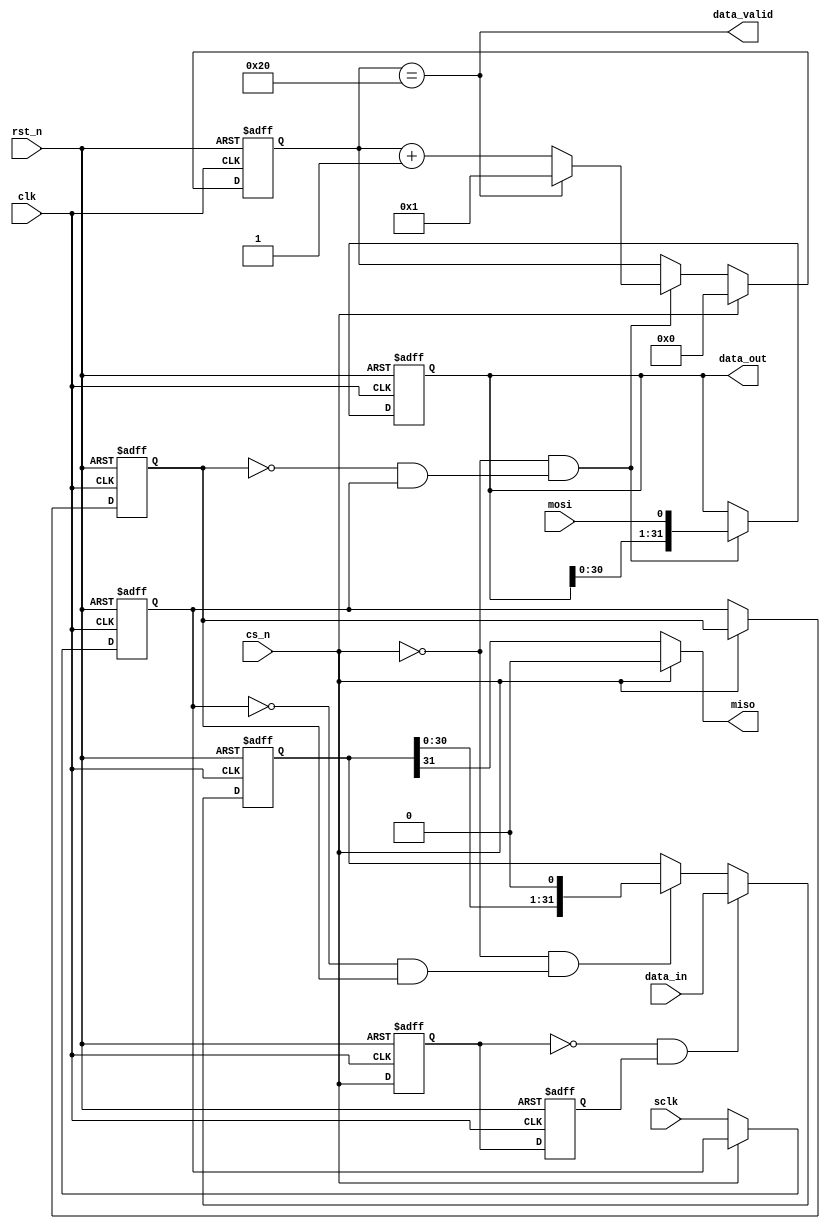
`timescale 1ns/1ps
module SPI_Slave
#(
	parameter	CLK_FREQUENCE	= 50_000_000		,	//system clk frequence
				SPI_FREQUENCE	= 5_000_000			,	//spi clk frequence
				DATA_WIDTH		= 32					,	//serial word length
				CPOL			= 0					,	//SPI mode selection (mode 0 default)
				CPHA			= 0					 	//CPOL = clock polarity, CPHA = clock phase
)
(
	input								clk			,	//system clk
	input								rst_n		,	//system reset
	input		[DATA_WIDTH-1:0]		data_in		,	//the data sent by miso
	input								sclk		,	//spi bus sclk
	input								cs_n		,	//spi bus slave select line
	input								mosi		,	//spi bus mosi input
	output								miso		,	//spi bus miso output
	output								data_valid	,	//the data received by mosi valid
	output	reg	[DATA_WIDTH-1:0]		data_out	 	//the data received by mosi,valid when data_valid is high
);

localparam	SFIFT_NUM = log2(DATA_WIDTH);

reg	[DATA_WIDTH-1:0]		data_reg	;	//the register to latch the data_in,also the shift register
reg	[ SFIFT_NUM-1:0]		sampl_num	;	//the counter to count the number of sample
reg							sclk_a		;	//sclk register to capture the edge of sclk
reg							sclk_b		;	//sclk register to capture the edge of sclk
wire						sclk_posedge;	//posedge of sclk
wire						sclk_negedge;	//negedge of sclk
reg							cs_n_a		;	//cs_n register to capture the edge of cs_n
reg							cs_n_b		;	//cs_n register to capture the edge of cs_n
wire						cs_n_negedge;	//negedge of cs_n to latch the data
wire						shift_en	;	//the signal to enable shift register to generate mosi
wire						sampl_en	;	//the signal to sample the data from miso
//------------------------------------------
//to capture the edge of sclk
always @(posedge clk or negedge rst_n) begin
	if (!rst_n) begin
		sclk_a <= CPOL;
		sclk_b <= CPOL;
	end else if (!cs_n) begin
		sclk_a <= sclk;
		sclk_b <= sclk_a;
	end
end

assign sclk_posedge = ~sclk_b & sclk_a;
assign sclk_negedge = ~sclk_a & sclk_b;
//------------------------------------------
//to capture the edge of sclk
always @(posedge clk or negedge rst_n) begin
	if (!rst_n) begin
		cs_n_a	<= 1'b1;
		cs_n_b	<= 1'b1;
	end else begin
		cs_n_a	<= cs_n		;
		cs_n_b	<= cs_n_a	;
	end
end

assign cs_n_negedge = ~cs_n_a & cs_n_b;
//------------------------------------------
//==============================================
//==============GENERATE BLOCKS=================
generate
	case (CPHA)
		0: assign sampl_en = sclk_posedge;
		1: assign sampl_en = sclk_negedge;
		default: assign sampl_en = sclk_posedge;
	endcase
endgenerate

generate
 	case (CPHA)
		0: assign shift_en = sclk_negedge;
 		1: assign shift_en = sclk_posedge;
		default: assign shift_en = sclk_posedge;
	endcase
endgenerate
//==================================================
//the register to latch the data_in
//also the shift register to generate the miso
always @(posedge clk or negedge rst_n) begin
	if (!rst_n) 
		data_reg <= 'd0;
	else if(cs_n_negedge)
		data_reg <= data_in;
	else if (!cs_n & shift_en) 
		data_reg <= {data_reg[DATA_WIDTH-2:0],1'b0};
	else
		data_reg <= data_reg;
end
//miso output MSB first
assign miso = !cs_n ? data_reg[DATA_WIDTH-1] : 1'd0;
//==================================================
//sample data from the mosi line
always @(posedge clk or negedge rst_n) begin
	if (!rst_n) 
		data_out <= 'd0;
	else if (!cs_n & sampl_en) 
		data_out <= {data_out[DATA_WIDTH-2:0],mosi};
	else
		data_out <= data_out;
end
//the counter to count the number of sampled data bit
always @(posedge clk or negedge rst_n) begin
	if (!rst_n) 
		sampl_num <= 'd0;
	else if (cs_n)
		sampl_num <= 'd0;
	else if (!cs_n & sampl_en) 
		if (sampl_num == DATA_WIDTH)
			sampl_num <= 'd1;
		else
			sampl_num <= sampl_num + 1'b1;
	else
		sampl_num <= sampl_num;
end
//the received data valid
assign data_valid = sampl_num == DATA_WIDTH;
//the function to get the width of data 
function integer log2(input integer v);
  begin
	log2=0;
	while(v>>log2) 
	  log2=log2+1;
  end
endfunction

endmodule